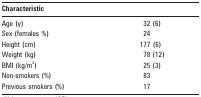
<table><thead><tr><td><b>Characteristic</b></td><td></td></tr></thead><tbody><tr><td>Age (y)</td><td>32 (6)</td></tr><tr><td>Sex (females %)</td><td>24</td></tr><tr><td>Height (cm)</td><td>177 (6)</td></tr><tr><td>Weight (kg)</td><td>78 (12)</td></tr><tr><td>BMI (kg/m2)</td><td>25 (3)</td></tr><tr><td>Non-smokers (%)</td><td>83</td></tr><tr><td>Previous smokers (%)</td><td>17</td></tr></tbody></table>